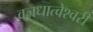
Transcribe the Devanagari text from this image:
वज्रधात्वेश्वरी